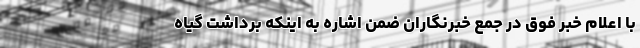
با اعلام خبر فوق در جمع خبرنگاران ضمن اشاره به اینکه برداشت گیاه